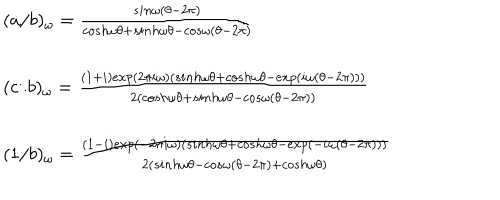
\begin{array} { l l } { { ( a / b ) _ { \omega } = \frac { s i n \omega ( \theta - 2 \pi ) } { c o s h \omega \theta + s i n h \omega \theta - c o s \omega ( \theta - 2 \pi ) } } } \\ { { ( c / b ) _ { \omega } = \frac { ( 1 + i ) e x p ( 2 \pi i \omega ) ( s i n h \omega \theta + c o s h \omega \theta - e x p ( i \omega ( \theta - 2 \pi ) ) ) } { 2 ( c o s h \omega \theta + s i n h \omega \theta - c o s \omega ( \theta - 2 \pi ) ) } } } \\ { { ( 1 / b ) _ { \omega } = \frac { ( 1 - i ) e x p ( - 2 \pi i \omega ) ( s i n h \omega \theta + c o s h \omega \theta - e x p ( - i \omega ( \theta - 2 \pi ) ) ) } { 2 ( s i n h \omega \theta - c o s \omega ( \theta - 2 \pi ) + c o s h \omega \theta ) } } } \\ \end{array}